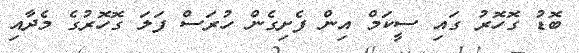
ބޮޑު ގޮހޮރު ގައި ސީކަމް އިން ފެށިގެން ހުރަސް ފަލަ ގޮހޮރުގެ މެދާއި